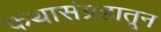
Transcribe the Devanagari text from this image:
कथासंग्रहातून